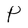
Character: P